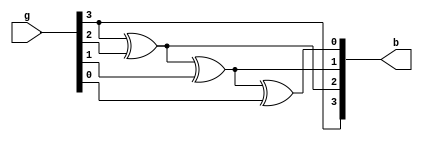
module gray_bin(input [3:0]g, output [3:0]b);

assign b[3]=g[3];
assign b[2]=b[3]^g[2];
assign b[1]=b[2]^g[1];
assign b[0]=b[1]^g[0];

endmodule